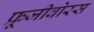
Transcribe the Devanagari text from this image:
फ्रूजीवोरस